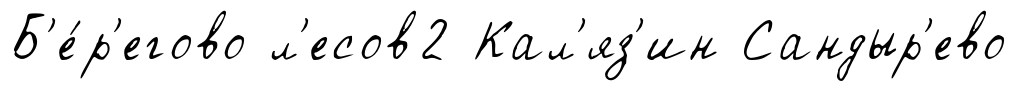
Б'е́р'егово л'есов2 Кал'яз'ин Сандыр'ево